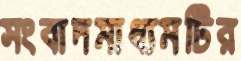
সংবাদমাধ্যমটির